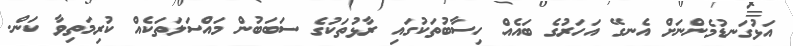
އަޅުގަނޑުމެންނަށް އެނގޭ އަހަރުގެ ބައެއް ހިސާބުތަކުގައި ރާޅުތަކުގެ ސަބަބުން މައްސަލަތަކެއް ކުރިމަތިވާ ކަން.